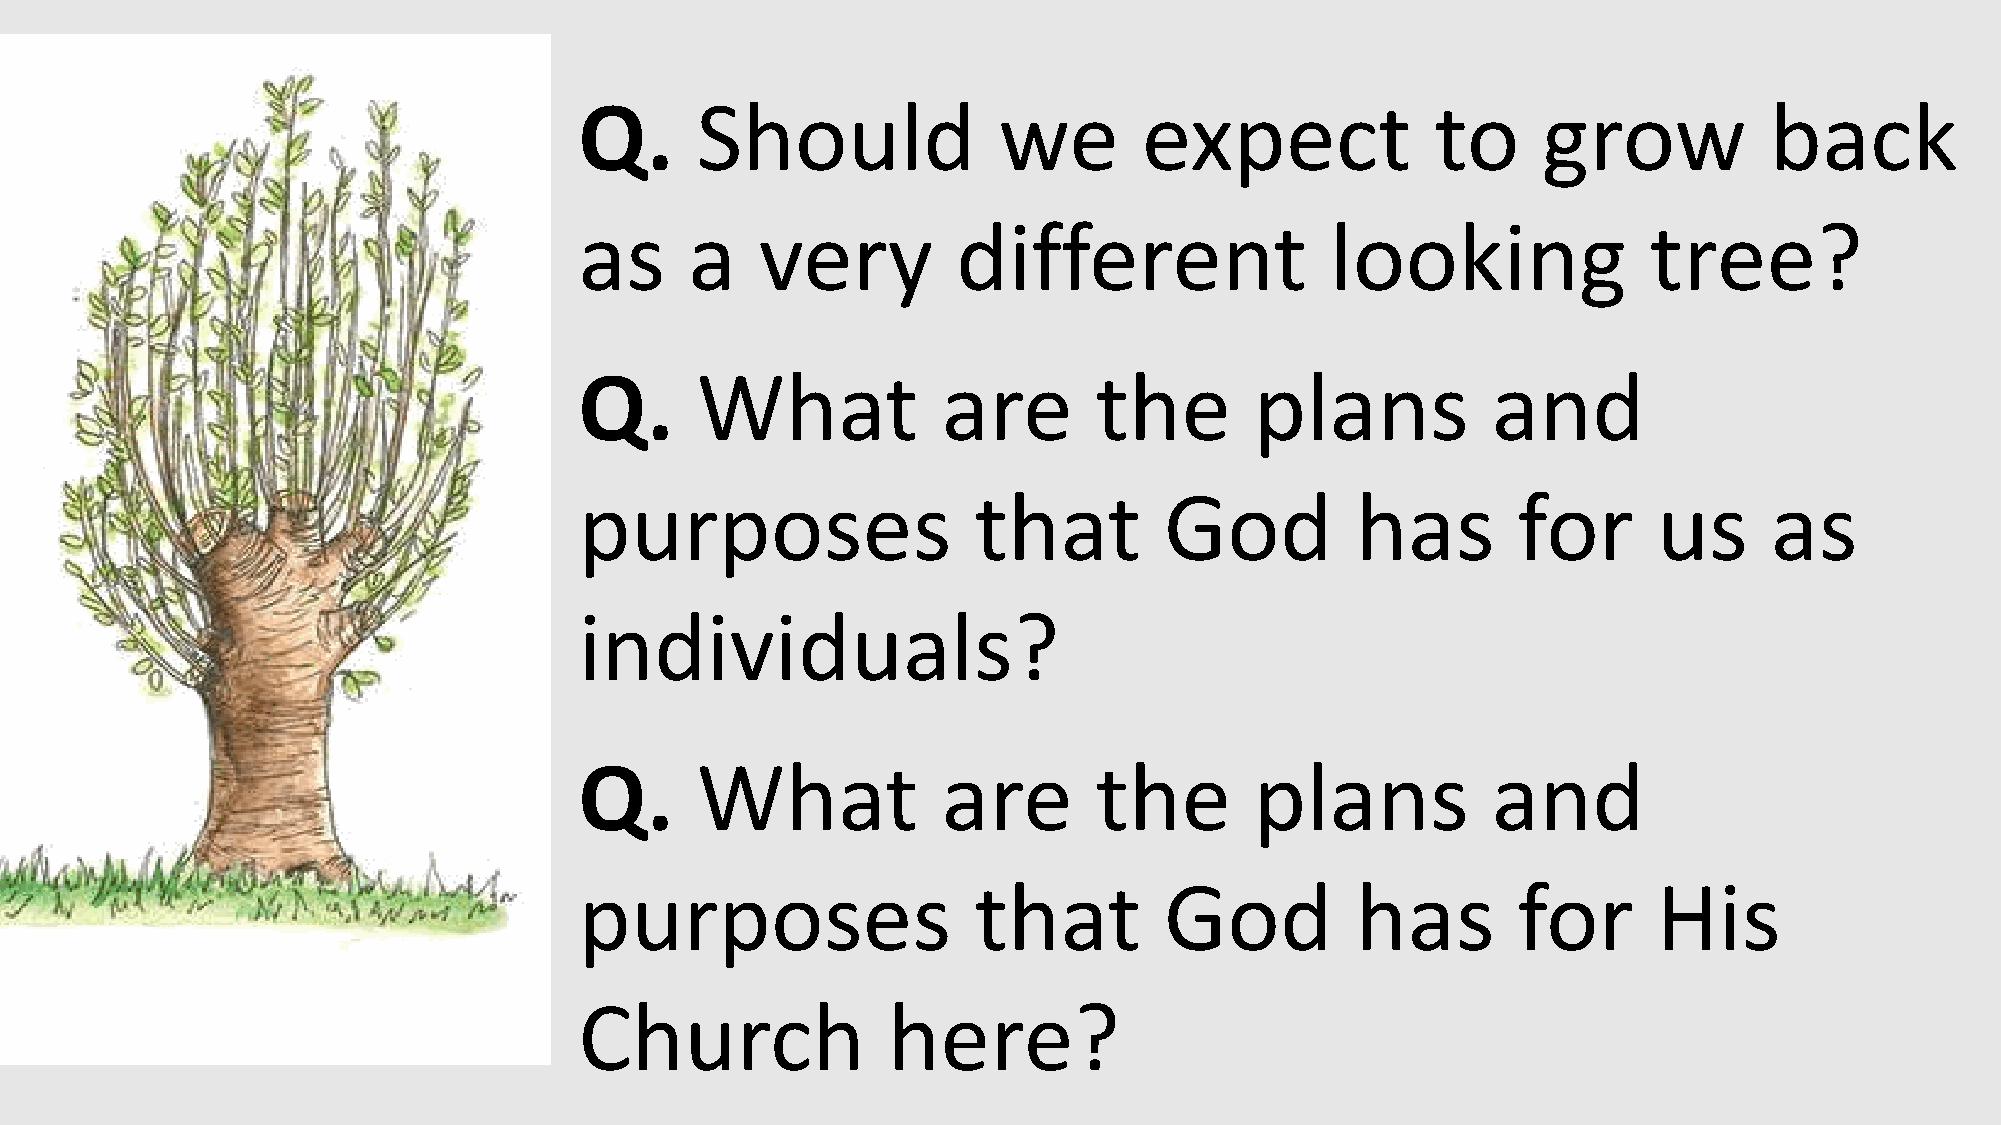
Q.      Should              we        expect             to     grow           back
 as      a   very         different                looking              tree?
 Q.      What            are       the        plans           and
 purposes                  that         God          has       for       us     as
 individuals?
 Q.      What            are       the        plans           and
 purposes                  that         God          has       for       His
 Church               here?